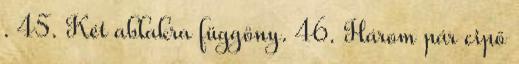
. 45. Két ablakra függöny. 46. Három pár cipő